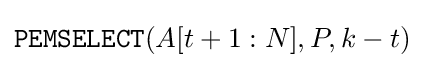
{\texttt {PEMSELECT}}(A[t+1:N],P,k-t)